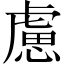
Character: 慮